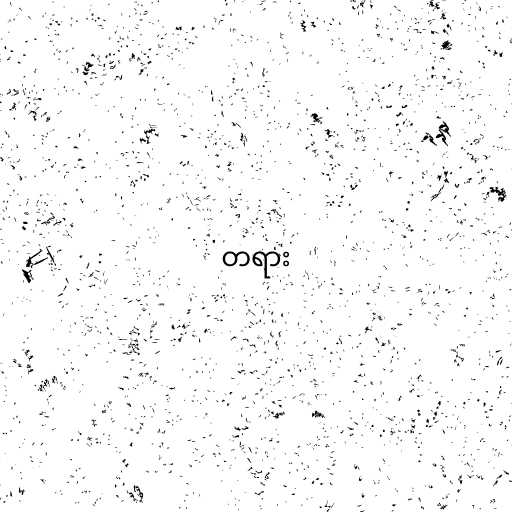
တရား